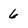
Character: 6